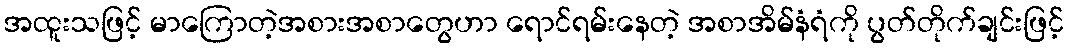
အထူးသဖြင့် မာကြောတဲ့အစားအစာတွေဟာ ရောင်ရမ်းနေတဲ့ အစာအိမ်နံရံကို ပွတ်တိုက်ချင်းဖြင့်